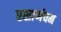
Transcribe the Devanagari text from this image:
रसार्णवम